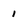
Character: 1